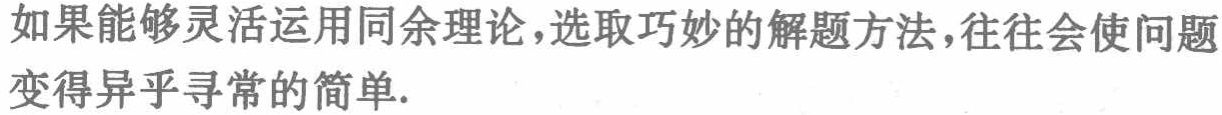
如果能够灵活运用同余理论，选取巧妙的解题方法，往往会使问题变得异乎寻常的简单.